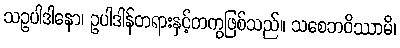
သဥပါဒါနော၊ ဥပါဒါန်တရားနှင့်တကွဖြစ်သည်။ သစေဘဝိဿာမိ၊